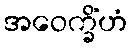
အဝေက္ခိံဟံ